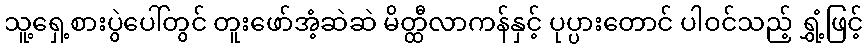
သူ့ရှေ့စားပွဲပေါ်တွင် တူးဖော်အံ့ဆဲဆဲ မိတ္ထီလာကန်နှင့် ပုပ္ပားတောင် ပါဝင်သည့် ရွှံ့ဖြင့်